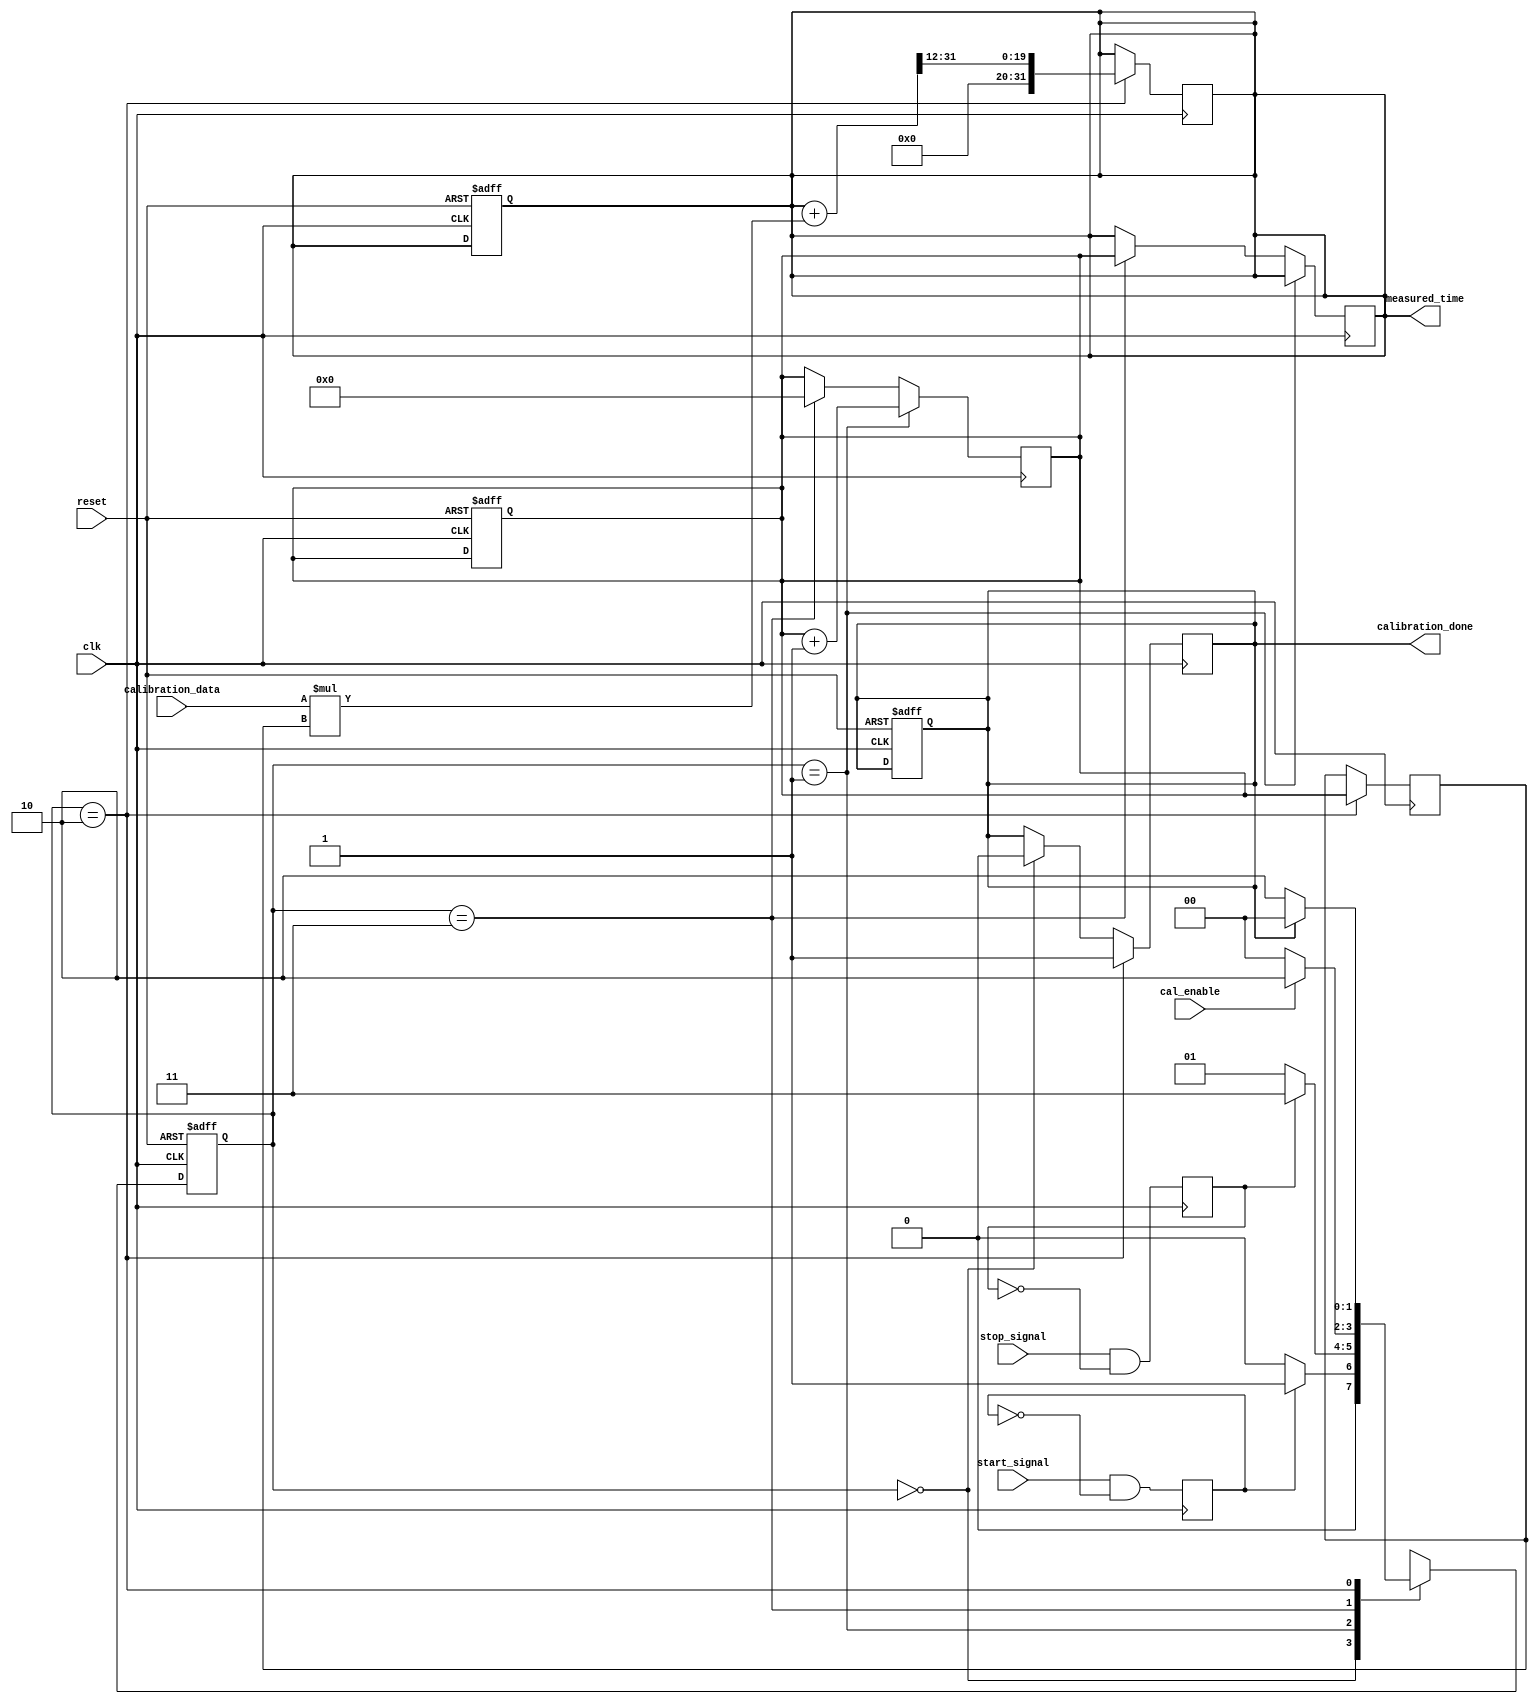
module TDC (
    input wire clk,                  // High-frequency reference clock
    input wire start_signal,         // Start event signal
    input wire stop_signal,          // Stop event signal
    input wire reset,                // Reset signal
    input wire [15:0] calibration_data, // Calibration coefficients input
    input wire cal_enable,           // Calibration enable signal
    output reg [31:0] measured_time, // Measured time output
    output reg calibration_done       // Calibration done flag
);

// Parameters
parameter CALIBRATION_INTERVAL = 1000; // Example calibration interval
parameter TDC_RESOLUTION = 12; // TDC resolution (number of bits)

// Internal signals
reg [31:0] count;                    // Count of clock cycles
reg [31:0] cal_count;                // Calibration count
reg [1:0] state;                     // FSM state
reg [1:0] next_state;                // Next state for FSM
reg calibration_active;               // Calibration active flag

// FSM states
localparam IDLE = 2'b00;
localparam MEASURE = 2'b01;
localparam CALIBRATE = 2'b10;
localparam OUTPUT = 2'b11;

// Edge detection for start and stop signals
reg start_edge, stop_edge;
always @(posedge clk) begin
    start_edge <= start_signal & ~start_edge; // Rising edge detection
    stop_edge <= stop_signal & ~stop_edge; // Rising edge detection
end

// State transition logic
always @(posedge clk or posedge reset) begin
    if (reset) begin
        state <= IDLE;
        count <= 0;
        measured_time <= 0;
        calibration_done <= 0;
        calibration_active <= 0;
    end else begin
        state <= next_state;
    end
end

// Next state logic
always @(*) begin
    case (state)
        IDLE: begin
            if (start_edge) begin
                next_state = MEASURE;
            end else begin
                next_state = IDLE;
            end
        end

        MEASURE: begin
            if (stop_edge) begin
                next_state = OUTPUT;
            end else begin
                next_state = MEASURE;
            end
        end

        OUTPUT: begin
            if (cal_enable) begin
                next_state = CALIBRATE;
            end else begin
                next_state = IDLE;
            end
        end

        CALIBRATE: begin
            if (calibration_done) begin
                next_state = IDLE;
            end else begin
                next_state = CALIBRATE;
            end
        end

        default: next_state = IDLE;
    endcase
end

// Count clock cycles for time measurement
always @(posedge clk) begin
    if (state == MEASURE) begin
        count <= count + 1;
    end else if (state == OUTPUT) begin
        measured_time <= count; // Store measured time
        count <= 0; // Reset count for the next measurement
    end
end

// Calibration logic
always @(posedge clk) begin
    if (state == CALIBRATE) begin
        cal_count <= count; // Capture count during calibration
        // Adjust measured_time based on calibration_data
        measured_time <= measured_time + (calibration_data[15:0] * cal_count) >> TDC_RESOLUTION;
        calibration_done <= 1; // Set calibration done flag
    end else if (state == IDLE) begin
        calibration_done <= 0; // Reset calibration done flag
    end
end

endmodule